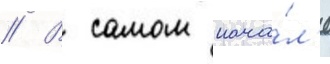
// В самом нача́л'е